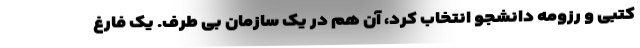
کتبی و رزومه دانشجو انتخاب کرد، آن هم در یک سازمان بی طرف. یک فارغ